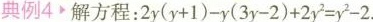
典例4 解方程：$$2 y ( y + 1 ) - y ( 3 y - 2 ) + 2 y ^ { 2 } = y ^ { 2 } - 2$$.